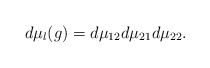
\begin{align*}d\mu_l (g) = d\mu_{12} d\mu_{21} d\mu_{22}.\end{align*}